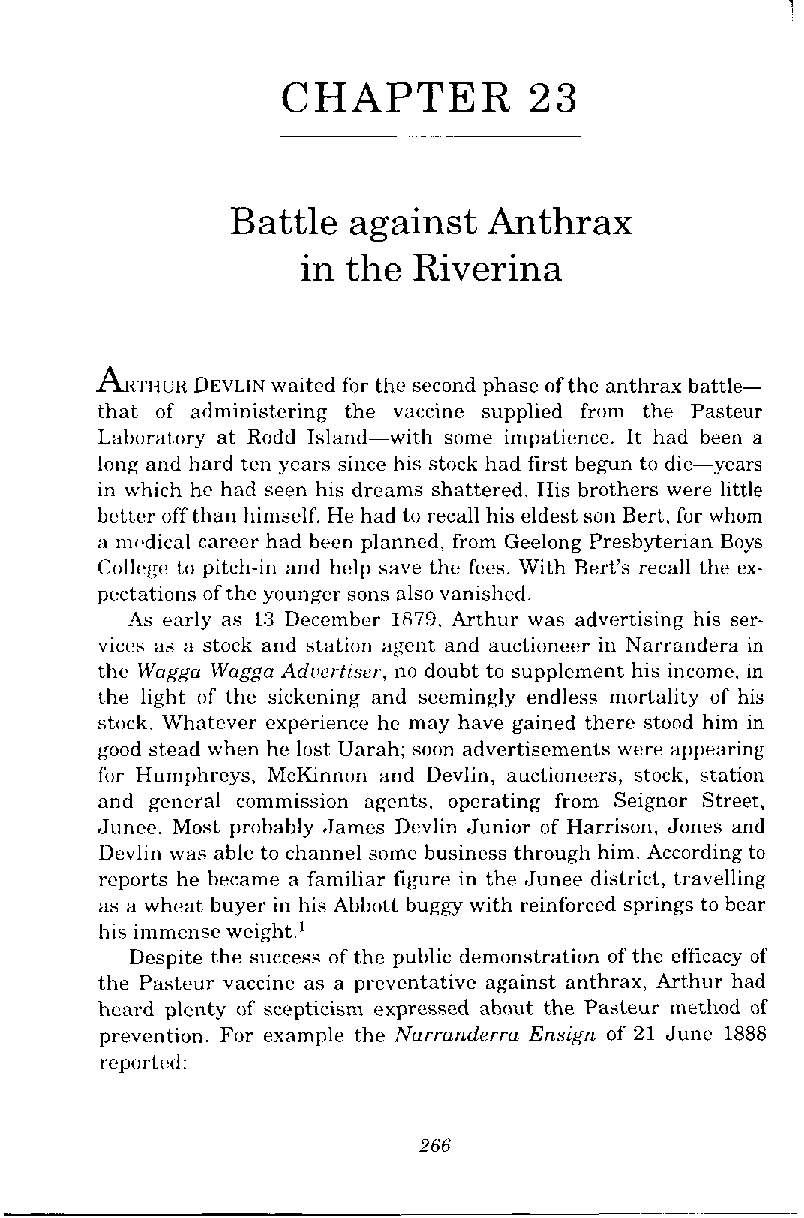
CHAPTER         23
 Battle  against  Anthrax
 in the Riverina
 A w w R D EVLIN waited fbr the second phase of the anthrax battle-
 that of administering the vaccine supplied from the Pasteur
 Laboratory at Rodd Island-with some impatience. It had been a
 long and hard ten years since his stock had first begun to die-years
 in which he had seen his dreams shattered. His brothers were little
 better off than himself. He had to recall his eldest son Bert, for whom
 ;I m~.dicalc areer had been planned, from Geelong Presbyterian Boys
 Cl~llcgct o pitch-in and help save the fees. With Bert's recall the ex-
 pectations of the younger sons also vanished.
 As early as 13 December 1879, Arthur was advertising his ser-
 vices as a stock and station agent and auctioneer in Narrandera in
 thc Wogga Wagga Ad~jertiser,n o doubt to supplement his income, in
 the light of the sickening and seemingly endless mortality of his
 stock. Whatever experience he may have gained there stood him in
 good stead when he lost Uarah; soon advertisements were appearing
 fhr Humphrcys, McKmnon and Devlin, auctioneers, stock, station
 and general commission agents, operating from Seignor Street,
 Junce. Most probably .James Devlin Junior of Harrison, Jones and
 Devlin was able to channel some business through him. According to
 reports he became a familiar figure in the Junee district, travelling
 as a wheat buyer in his Abbott buggy with reinforced springs to bear
 his immense weight.'
 Despite the success of the public demonstration of the efficacy of
 the Pasteur vaccine as a prcvcntative against anthrax, Arthur had
 heard plenty of scepticisnl expressed about the Pasteur method of
 prevention. For example the Narranderra Ens@ of 21 June 1888
 rcportcd: